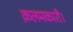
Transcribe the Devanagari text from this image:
क़लमकारी।